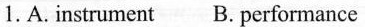
1.A instrument B.performance